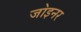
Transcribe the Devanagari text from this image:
जा॓इनर